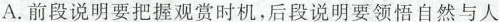
A.前段说明要把握观赏时机，后段说明要领悟自然与人